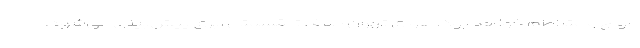
مواج و متلاطم خواهد بود. هوای تهران صاف تا قسمتی ابری پیش‌بینی می‌شود.